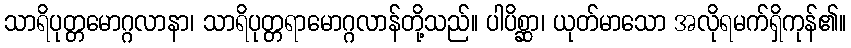
သာရိပုတ္တမောဂ္ဂလာနာ၊ သာရိပုတ္တရာမောဂ္ဂလာန်တို့သည်။ ပါပိစ္ဆာ၊ ယုတ်မာသော အလိုရမက်ရှိကုန်၏။